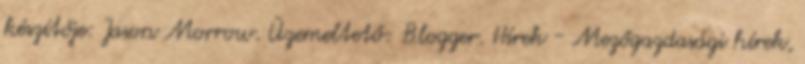
készítője: Jason Morrow. Üzemeltető: Blogger. Hírek - Mezőgazdasági hírek,